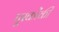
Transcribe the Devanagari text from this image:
पूरकोंकी